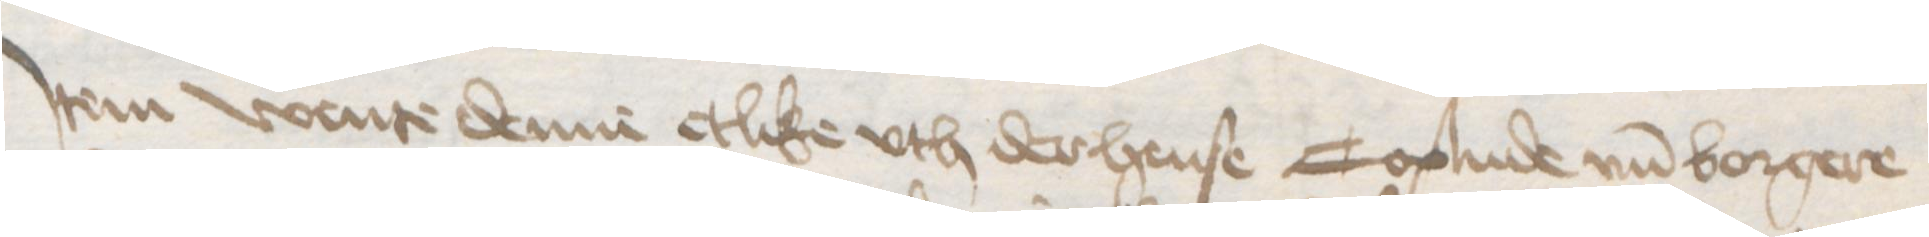
Jtem wente denne etlike vth der hense Coplude vnd borgere